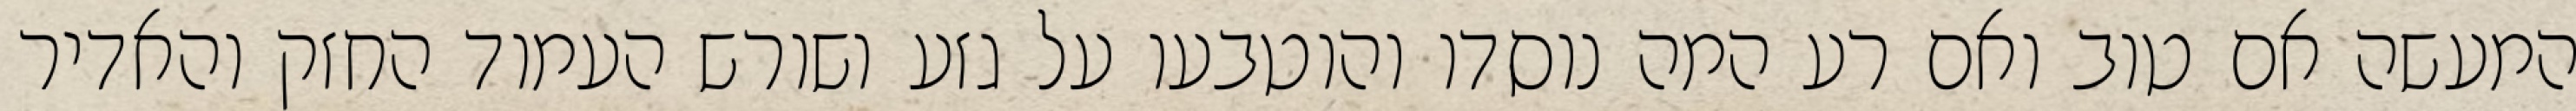
המעשה אם טוב ואם רע המה נוסדו והוטבעו על גזע ושורש העמוד החזק והאדיר